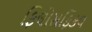
ફિલોસફિકલ